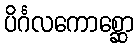
ပိင်္ဂလကောစ္ဆော